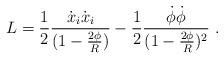
LaTeX: \begin{align*}L ={1\over 2}{\dot{x}_i\dot{x}_i\over (1-{2\phi\over R}) }-{1\over 2} {\dot{\phi}\dot{\phi}\over (1-{2\phi\over R})^2}\,\,.\end{align*}